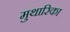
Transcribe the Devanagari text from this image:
मुथारिका